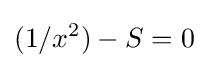
(1/x^{2})-S=0